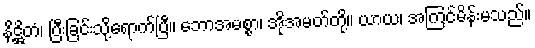
နိဋ္ဌိတံ၊ ပြီးခြင်းသို့ရောက်ပြီ။ ဘောအမစ္စာ၊ အိုအမတ်တို့။ ယာယ၊ အကြင်မိန်းမသည်။